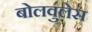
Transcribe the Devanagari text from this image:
बोलवुलेस